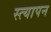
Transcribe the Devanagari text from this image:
स्त्यापन